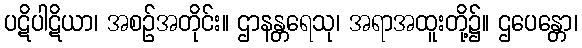
ပဋိပါဋိယာ၊ အစဉ်အတိုင်း။ ဌာနန္တရေသု၊ အရာအထူးတို့၌။ ဌပေန္တော၊